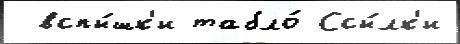
 вспы́шк'и табло́ Ссы́лк'и